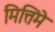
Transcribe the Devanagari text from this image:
मित्तिमे